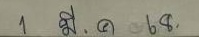
1 มี.ค. 68